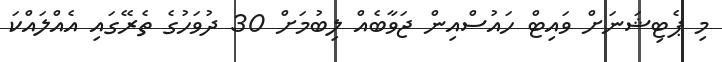
މި ޕެޓިޝަނަށް ވައިޓް ހައުސްއިން ޖަވާބެއް ލިބުމަށް 30 ދުވަހުގެ ތެރޭގައި އެއްލައްކަ